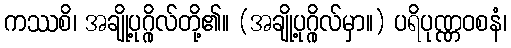
ကဿစိ၊ အချို့ပုဂ္ဂိုလ်တို့၏။ (အချို့ပုဂ္ဂိုလ်မှာ။) ပရိပုဏ္ဏဝစနံ၊